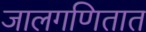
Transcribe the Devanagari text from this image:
जालगणितात